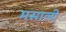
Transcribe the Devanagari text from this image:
मसाली